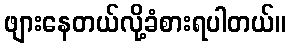
ဖျားနေတယ်လို့ခံစားရပါတယ်။